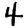
Digit: 4